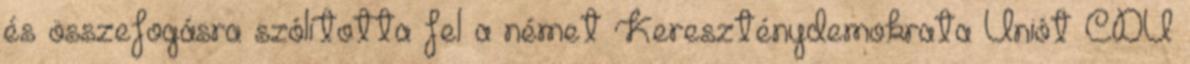
és összefogásra szólította fel a német Kereszténydemokrata Uniót CDU